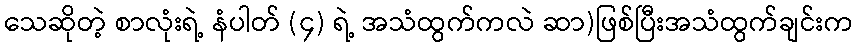
သေဆိုတဲ့ စာလုံးရဲ့ နံပါတ် (၄) ရဲ့ အသံထွက်ကလဲ ဆာ)ဖြစ်ပြီးအသံထွက်ချင်းက